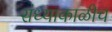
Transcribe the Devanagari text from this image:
संध्याकाळीच